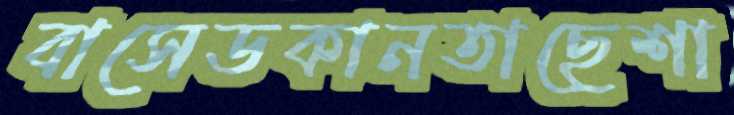
বাসেডকানতাছেশা